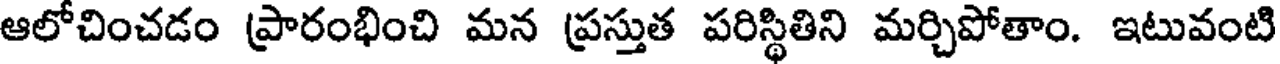
ఆలోచించడం ప్రారంభించి మన ప్రస్తుత పరిస్థితిని మర్చిపోతాం. ఇటువంటి